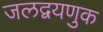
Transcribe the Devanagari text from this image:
जलद्वयणुक